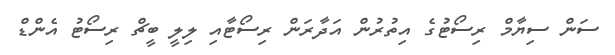
ސަން ސިޔާމް ރިސޯޓުގެ އިތުރުން އަދާރަން ރިސޯޓާއި ލިލީ ބީޗް ރިސޯޓު އެންޑް